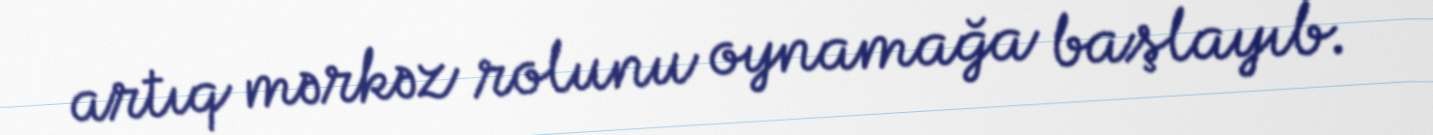
artıq mərkəz rolunu oynamağa başlayıb.